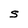
Character: S